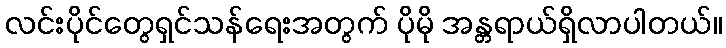
လင်းပိုင်တွေရှင်သန်ရေးအတွက် ပိုမို အန္တရာယ်ရှိလာပါတယ်။